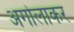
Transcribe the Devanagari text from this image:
अगोलाकर